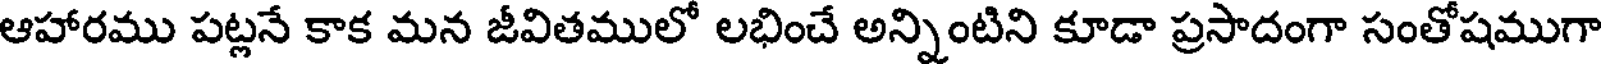
ఆహారము పట్లనే కాక మన జీవితములో లభించే అన్నింటిని కూడా ప్రసాదంగా సంతోషముగా